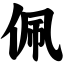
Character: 佩